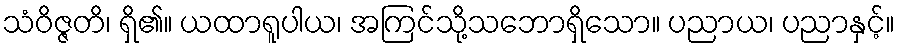
သံဝိဇ္ဇတိ၊ ရှိ၏။ ယထာရူပါယ၊ အကြင်သို့သဘောရှိသော။ ပညာယ၊ ပညာနှင့်။